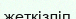
жеткізліп